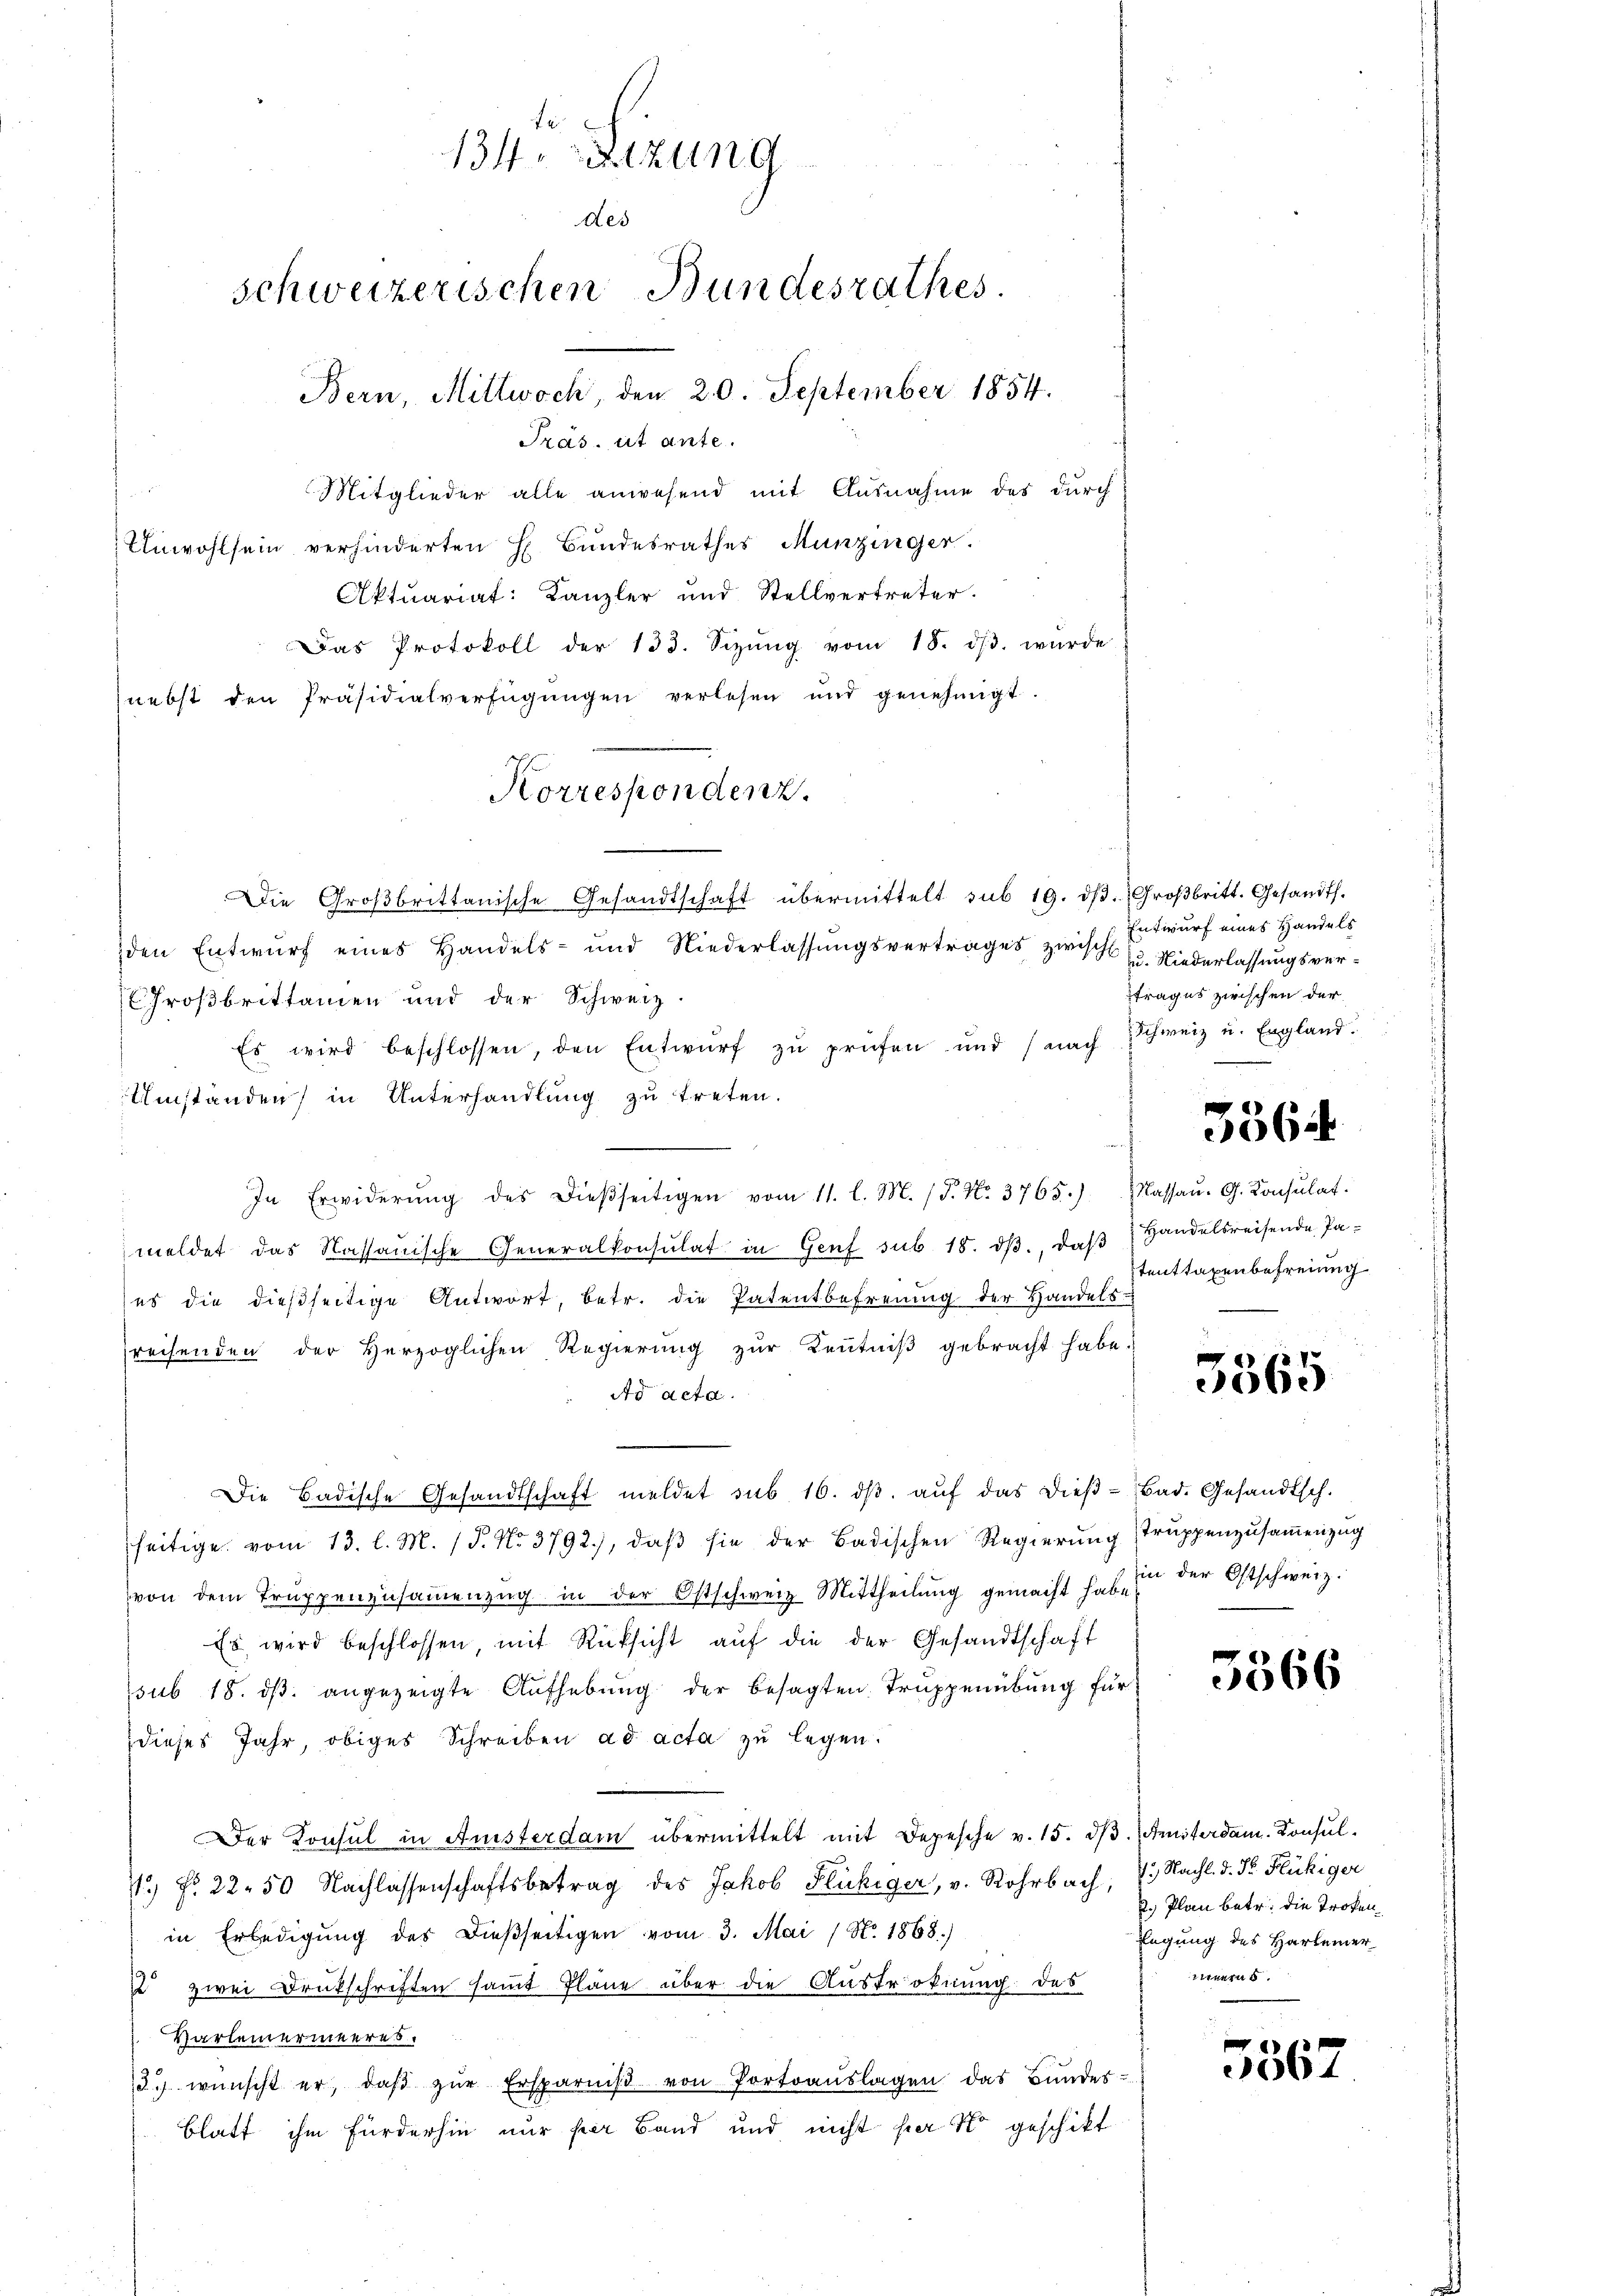
te.
134. Sitzung
des
Bern, Mittwoch, den 20. September 1854.
Präs. et ante.
s
Mitglieder alle anwesend mit Ausnahme des durch
Unwohlsein verhinderten H. Bundesrathes Munzinger.
Aktuariat: Kanzler und Stellvertreter.
Das Protokoll der 133. Sizŭng vom 18. dβ. würde

nebst den Präsidialverfügŭngen verlesen und genehmigt.
Die Großbrittanische Gesandtschaft übermittelt sub 19. dβ. Großbritt. Gesandts.
den Entwurf eines Handels- und Niederlassungsvertrages zwisch
Großbrittamen und der Schweiz.
Es wird beschlossen, den Entwŭrf zŭ prüfen und (nach Schweiz u. England.
Umständen in Unterhandlung zu treten.
In Erwiderŭng des dieβseitigen vom 11. l. M. (T. No. 3765.) Wassau. G. Konsulat.
meldet das Kassauische Generalkonsulat in Genf sub. 18. dβ, daß Handelsreisende Paes die dießseitige Antwort, betr. die Patentbefreung der Handels-
reisenden der Herzoglichen Regierung zur Kenntniß gebracht habe.
Ad acta.
Die Badische Gesandtschaft meldet sub 16. dβ aŭf das dieβ-Bad. Gesandtsch.
seitige vom 13. l. M. (T. No. 3792), daβ sie der Badischen Regierŭng Trŭppenzŭsaṁenzŭg
von dem Truppenzŭsaṁenzŭg in der Ostschweiz Mittheilŭng gemacht habe in der Ostschweiz.
Es wird beschlossen mit Rücksicht aŭf die der Gesandtschaft
sub 18. ds. angezeigte Aufhebung der besagten Truppenübung für
dieses Jahr, obiges Schreiben ad acta zu legen.
Der Konsul in Anisterdam übermittelt mit Depesche v. 15. dβ. (Austerdam. Konsul¬
1 No 22.50 Nachlassenschaftsbetrag des Jakob Flückiger, v. Rohrbach, V. Nachl. d. Dr. Flückiger
in Erledigŭng des dießseitigen vom 3. Mai / No. 1868.)
 zwei Drukschriften samt Pläne über die Auströfnung des
Varleinermeeres.
3.) wünscht er, daβ zŭr Ersparniβ von Portoauslagen das Bundes-
Blatt ihm fürderhin nur per Band und nicht per so geschikt

schweizerischen Bundesrathes

Korrespondenz.

Entwurf eines Handels
u. Niederlassungsvertrages zwischen der

3364.

Stenttaxenbefreiung

3565

5566

. Plan betr. die troken¬
Engung des Hartemerinnern.

5367